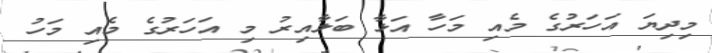
މިދިޔަ އަހަރުގެ މެއި މަހާ އަޅާ ބަލާއިރު މި އަހަރުގެ މެއި މަހު